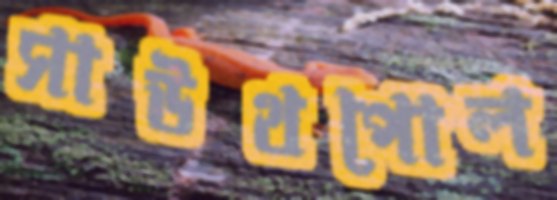
সাউথপোল